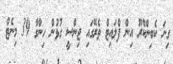
ގިނަ ކެބިންކްރޫ އިން ފްލައިޓް ތެރޭގައި ޖިންސީ ގުޅުން ހިންގާ 39 މިނެޓް